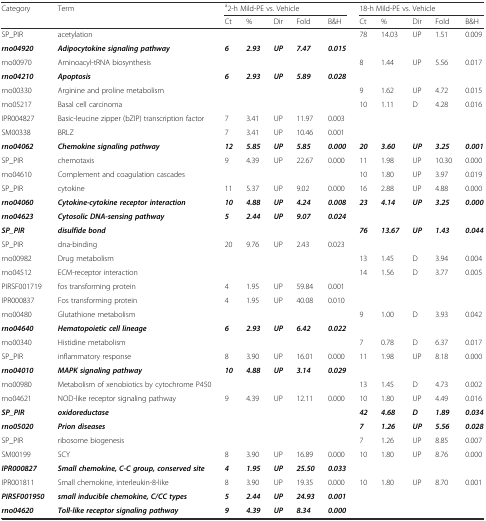
<table><thead><tr><td rowspan="2"><b>Category</b></td><td rowspan="2"><b>Term</b></td><td colspan="5"><b><sup>a</sup>2-h Mild-PE vs. Vehicle</b></td><td colspan="5"><b>18-h Mild-PE vs. Vehicle</b></td></tr><tr><td><b>Ct</b></td><td><b>%</b></td><td><b>Dir</b></td><td><b>Fold</b></td><td><b>B&amp;H</b></td><td><b>Ct</b></td><td><b>%</b></td><td><b>Dir</b></td><td><b>Fold</b></td><td><b>B&amp;H</b></td></tr></thead><tbody><tr><td>SP_PIR</td><td>acetylation</td><td>[EMPTY_CELL]</td><td>[EMPTY_CELL]</td><td>[EMPTY_CELL]</td><td>[EMPTY_CELL]</td><td>[EMPTY_CELL]</td><td>78</td><td>14.03</td><td>UP</td><td>1.51</td><td>0.009</td></tr><tr><td><b><i>rno04920</i></b></td><td><b><i>Adipocytokine signaling pathway</i></b></td><td><b><i>6</i></b></td><td><b><i>2.93</i></b></td><td><b><i>UP</i></b></td><td><b><i>7.47</i></b></td><td><b><i>0.015</i></b></td><td>[EMPTY_CELL]</td><td>[EMPTY_CELL]</td><td>[EMPTY_CELL]</td><td>[EMPTY_CELL]</td><td>[EMPTY_CELL]</td></tr><tr><td>rno00970</td><td>Aminoacyl-tRNA biosynthesis</td><td>[EMPTY_CELL]</td><td>[EMPTY_CELL]</td><td>[EMPTY_CELL]</td><td>[EMPTY_CELL]</td><td>[EMPTY_CELL]</td><td>8</td><td>1.44</td><td>UP</td><td>5.56</td><td>0.017</td></tr><tr><td><b><i>rno04210</i></b></td><td><b><i>Apoptosis</i></b></td><td><b><i>6</i></b></td><td><b><i>2.93</i></b></td><td><b><i>UP</i></b></td><td><b><i>5.89</i></b></td><td><b><i>0.028</i></b></td><td>[EMPTY_CELL]</td><td>[EMPTY_CELL]</td><td>[EMPTY_CELL]</td><td>[EMPTY_CELL]</td><td>[EMPTY_CELL]</td></tr><tr><td>rno00330</td><td>Arginine and proline metabolism</td><td>[EMPTY_CELL]</td><td>[EMPTY_CELL]</td><td>[EMPTY_CELL]</td><td>[EMPTY_CELL]</td><td>[EMPTY_CELL]</td><td>9</td><td>1.62</td><td>UP</td><td>4.72</td><td>0.015</td></tr><tr><td>rno05217</td><td>Basal cell carcinoma</td><td>[EMPTY_CELL]</td><td>[EMPTY_CELL]</td><td>[EMPTY_CELL]</td><td>[EMPTY_CELL]</td><td>[EMPTY_CELL]</td><td>10</td><td>1.11</td><td>D</td><td>4.28</td><td>0.016</td></tr><tr><td>IPR004827</td><td>Basic-leucine zipper (bZIP) transcription factor</td><td>7</td><td>3.41</td><td>UP</td><td>11.97</td><td>0.003</td><td>[EMPTY_CELL]</td><td>[EMPTY_CELL]</td><td>[EMPTY_CELL]</td><td>[EMPTY_CELL]</td><td>[EMPTY_CELL]</td></tr><tr><td>SM00338</td><td>BRLZ</td><td>7</td><td>3.41</td><td>UP</td><td>10.46</td><td>0.001</td><td>[EMPTY_CELL]</td><td>[EMPTY_CELL]</td><td>[EMPTY_CELL]</td><td>[EMPTY_CELL]</td><td>[EMPTY_CELL]</td></tr><tr><td><b><i>rno04062</i></b></td><td><b><i>Chemokine signaling pathway</i></b></td><td><b><i>12</i></b></td><td><b><i>5.85</i></b></td><td><b><i>UP</i></b></td><td><b><i>5.85</i></b></td><td><b><i>0.000</i></b></td><td><b><i>20</i></b></td><td><b><i>3.60</i></b></td><td><b><i>UP</i></b></td><td><b><i>3.25</i></b></td><td><b><i>0.001</i></b></td></tr><tr><td>SP_PIR</td><td>chemotaxis</td><td>9</td><td>4.39</td><td>UP</td><td>22.67</td><td>0.000</td><td>11</td><td>1.98</td><td>UP</td><td>10.30</td><td>0.000</td></tr><tr><td>rno04610</td><td>Complement and coagulation cascades</td><td>[EMPTY_CELL]</td><td>[EMPTY_CELL]</td><td>[EMPTY_CELL]</td><td>[EMPTY_CELL]</td><td>[EMPTY_CELL]</td><td>10</td><td>1.80</td><td>UP</td><td>3.97</td><td>0.019</td></tr><tr><td>SP_PIR</td><td>cytokine</td><td>11</td><td>5.37</td><td>UP</td><td>9.02</td><td>0.000</td><td>16</td><td>2.88</td><td>UP</td><td>4.88</td><td>0.000</td></tr><tr><td><b><i>rno04060</i></b></td><td><b><i>Cytokine-cytokine receptor interaction</i></b></td><td><b><i>10</i></b></td><td><b><i>4.88</i></b></td><td><b><i>UP</i></b></td><td><b><i>4.24</i></b></td><td><b><i>0.008</i></b></td><td><b><i>23</i></b></td><td><b><i>4.14</i></b></td><td><b><i>UP</i></b></td><td><b><i>3.25</i></b></td><td><b><i>0.000</i></b></td></tr><tr><td><b><i>rno04623</i></b></td><td><b><i>Cytosolic DNA-sensing pathway</i></b></td><td><b><i>5</i></b></td><td><b><i>2.44</i></b></td><td><b><i>UP</i></b></td><td><b><i>9.07</i></b></td><td><b><i>0.024</i></b></td><td>[EMPTY_CELL]</td><td>[EMPTY_CELL]</td><td>[EMPTY_CELL]</td><td>[EMPTY_CELL]</td><td>[EMPTY_CELL]</td></tr><tr><td><b><i>SP_PIR</i></b></td><td><b><i>disulfide bond</i></b></td><td>[EMPTY_CELL]</td><td>[EMPTY_CELL]</td><td>[EMPTY_CELL]</td><td>[EMPTY_CELL]</td><td>[EMPTY_CELL]</td><td><b><i>76</i></b></td><td><b><i>13.67</i></b></td><td><b><i>UP</i></b></td><td><b><i>1.43</i></b></td><td><b><i>0.044</i></b></td></tr><tr><td>SP_PIR</td><td>dna-binding</td><td>20</td><td>9.76</td><td>UP</td><td>2.43</td><td>0.023</td><td>[EMPTY_CELL]</td><td>[EMPTY_CELL]</td><td>[EMPTY_CELL]</td><td>[EMPTY_CELL]</td><td>[EMPTY_CELL]</td></tr><tr><td>rno00982</td><td>Drug metabolism</td><td>[EMPTY_CELL]</td><td>[EMPTY_CELL]</td><td>[EMPTY_CELL]</td><td>[EMPTY_CELL]</td><td>[EMPTY_CELL]</td><td>13</td><td>1.45</td><td>D</td><td>3.94</td><td>0.004</td></tr><tr><td>rno04512</td><td>ECM-receptor interaction</td><td>[EMPTY_CELL]</td><td>[EMPTY_CELL]</td><td>[EMPTY_CELL]</td><td>[EMPTY_CELL]</td><td>[EMPTY_CELL]</td><td>14</td><td>1.56</td><td>D</td><td>3.77</td><td>0.005</td></tr><tr><td>PIRSF001719</td><td>fos transforming protein</td><td>4</td><td>1.95</td><td>UP</td><td>59.84</td><td>0.001</td><td>[EMPTY_CELL]</td><td>[EMPTY_CELL]</td><td>[EMPTY_CELL]</td><td>[EMPTY_CELL]</td><td>[EMPTY_CELL]</td></tr><tr><td>IPR000837</td><td>Fos transforming protein</td><td>4</td><td>1.95</td><td>UP</td><td>40.08</td><td>0.010</td><td>[EMPTY_CELL]</td><td>[EMPTY_CELL]</td><td>[EMPTY_CELL]</td><td>[EMPTY_CELL]</td><td>[EMPTY_CELL]</td></tr><tr><td>rno00480</td><td>Glutathione metabolism</td><td>[EMPTY_CELL]</td><td>[EMPTY_CELL]</td><td>[EMPTY_CELL]</td><td>[EMPTY_CELL]</td><td>[EMPTY_CELL]</td><td>9</td><td>1.00</td><td>D</td><td>3.93</td><td>0.042</td></tr><tr><td><b><i>rno04640</i></b></td><td><b><i>Hematopoietic cell lineage</i></b></td><td><b><i>6</i></b></td><td><b><i>2.93</i></b></td><td><b><i>UP</i></b></td><td><b><i>6.42</i></b></td><td><b><i>0.022</i></b></td><td>[EMPTY_CELL]</td><td>[EMPTY_CELL]</td><td>[EMPTY_CELL]</td><td>[EMPTY_CELL]</td><td>[EMPTY_CELL]</td></tr><tr><td>rno00340</td><td>Histidine metabolism</td><td>[EMPTY_CELL]</td><td>[EMPTY_CELL]</td><td>[EMPTY_CELL]</td><td>[EMPTY_CELL]</td><td>[EMPTY_CELL]</td><td>7</td><td>0.78</td><td>D</td><td>6.37</td><td>0.017</td></tr><tr><td>SP_PIR</td><td>inflammatory response</td><td>8</td><td>3.90</td><td>UP</td><td>16.01</td><td>0.000</td><td>11</td><td>1.98</td><td>UP</td><td>8.18</td><td>0.000</td></tr><tr><td><b><i>rno04010</i></b></td><td><b><i>MAPK signaling pathway</i></b></td><td><b><i>10</i></b></td><td><b><i>4.88</i></b></td><td><b><i>UP</i></b></td><td><b><i>3.14</i></b></td><td><b><i>0.029</i></b></td><td>[EMPTY_CELL]</td><td>[EMPTY_CELL]</td><td>[EMPTY_CELL]</td><td>[EMPTY_CELL]</td><td>[EMPTY_CELL]</td></tr><tr><td>rno00980</td><td>Metabolism of xenobiotics by cytochrome P450</td><td>[EMPTY_CELL]</td><td>[EMPTY_CELL]</td><td>[EMPTY_CELL]</td><td>[EMPTY_CELL]</td><td>[EMPTY_CELL]</td><td>13</td><td>1.45</td><td>D</td><td>4.73</td><td>0.002</td></tr><tr><td>rno04621</td><td>NOD-like receptor signaling pathway</td><td>9</td><td>4.39</td><td>UP</td><td>12.11</td><td>0.000</td><td>10</td><td>1.80</td><td>UP</td><td>4.49</td><td>0.016</td></tr><tr><td><b><i>SP_PIR</i></b></td><td><b><i>oxidoreductase</i></b></td><td>[EMPTY_CELL]</td><td>[EMPTY_CELL]</td><td>[EMPTY_CELL]</td><td>[EMPTY_CELL]</td><td>[EMPTY_CELL]</td><td><b><i>42</i></b></td><td><b><i>4.68</i></b></td><td><b><i>D</i></b></td><td><b><i>1.89</i></b></td><td><b><i>0.034</i></b></td></tr><tr><td><b><i>rno05020</i></b></td><td><b><i>Prion diseases</i></b></td><td>[EMPTY_CELL]</td><td>[EMPTY_CELL]</td><td>[EMPTY_CELL]</td><td>[EMPTY_CELL]</td><td>[EMPTY_CELL]</td><td><b><i>7</i></b></td><td><b><i>1.26</i></b></td><td><b><i>UP</i></b></td><td><b><i>5.56</i></b></td><td><b><i>0.028</i></b></td></tr><tr><td>SP_PIR</td><td>ribosome biogenesis</td><td>[EMPTY_CELL]</td><td>[EMPTY_CELL]</td><td>[EMPTY_CELL]</td><td>[EMPTY_CELL]</td><td>[EMPTY_CELL]</td><td>7</td><td>1.26</td><td>UP</td><td>8.85</td><td>0.007</td></tr><tr><td>SM00199</td><td>SCY</td><td>8</td><td>3.90</td><td>UP</td><td>16.89</td><td>0.000</td><td>10</td><td>1.80</td><td>UP</td><td>8.76</td><td>0.000</td></tr><tr><td><b><i>IPR000827</i></b></td><td><b><i>Small chemokine, C-C group, conserved site</i></b></td><td><b><i>4</i></b></td><td><b><i>1.95</i></b></td><td><b><i>UP</i></b></td><td><b><i>25.50</i></b></td><td><b><i>0.033</i></b></td><td>[EMPTY_CELL]</td><td>[EMPTY_CELL]</td><td>[EMPTY_CELL]</td><td>[EMPTY_CELL]</td><td>[EMPTY_CELL]</td></tr><tr><td>IPR001811</td><td>Small chemokine, interleukin-8-like</td><td>8</td><td>3.90</td><td>UP</td><td>19.35</td><td>0.000</td><td>10</td><td>1.80</td><td>UP</td><td>8.70</td><td>0.001</td></tr><tr><td><b><i>PIRSF001950</i></b></td><td><b><i>small inducible chemokine, C/CC types</i></b></td><td><b><i>5</i></b></td><td><b><i>2.44</i></b></td><td><b><i>UP</i></b></td><td><b><i>24.93</i></b></td><td><b><i>0.001</i></b></td><td>[EMPTY_CELL]</td><td>[EMPTY_CELL]</td><td>[EMPTY_CELL]</td><td>[EMPTY_CELL]</td><td>[EMPTY_CELL]</td></tr><tr><td><b><i>rno04620</i></b></td><td><b><i>Toll-like receptor signaling pathway</i></b></td><td><b><i>9</i></b></td><td><b><i>4.39</i></b></td><td><b><i>UP</i></b></td><td><b><i>8.34</i></b></td><td><b><i>0.000</i></b></td><td>[EMPTY_CELL]</td><td>[EMPTY_CELL]</td><td>[EMPTY_CELL]</td><td>[EMPTY_CELL]</td><td>[EMPTY_CELL]</td></tr></tbody></table>